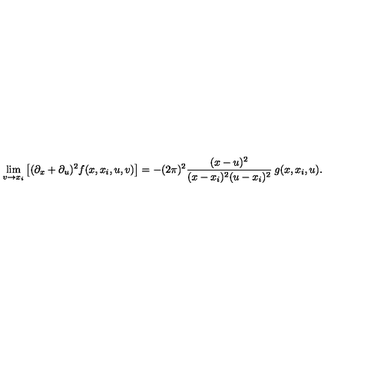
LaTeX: \lim _ { v \to x _ { i } } \left[ ( \partial _ { x } + \partial _ { u } ) ^ { 2 } f ( x , x _ { i } , u , v ) \right] = - ( 2 \pi ) ^ { 2 } \frac { ( x - u ) ^ { 2 } } { ( x - x _ { i } ) ^ { 2 } ( u - x _ { i } ) ^ { 2 } } \: g ( x , x _ { i } , u ) .